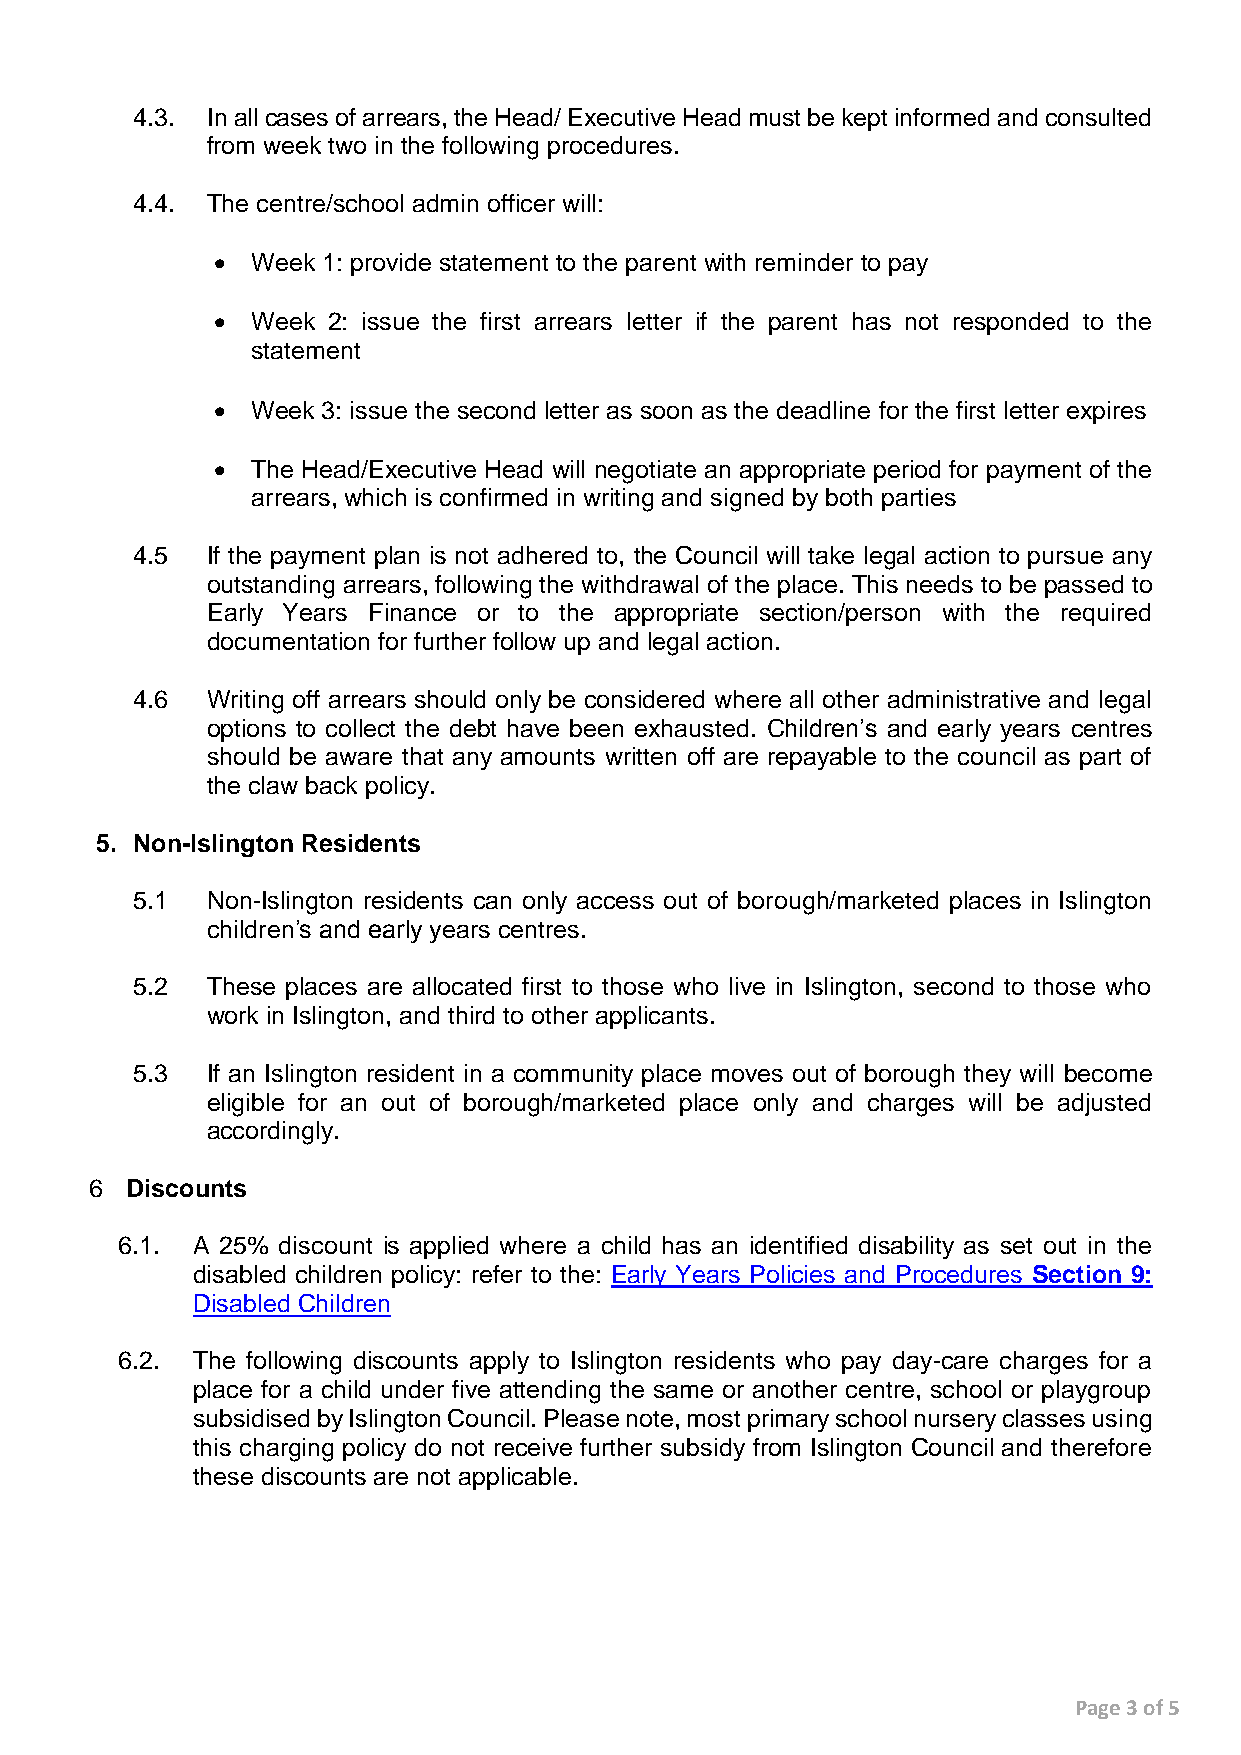
4.3. In all cases of arrears, the Head/ Executive Head must be kept informed and consulted
 from week two in the following procedures.
 4.4. The centre/school admin officer will:
   Week 1: provide statement to the parent with reminder to pay
   Week 2: issue the first arrears letter if the parent has not responded to the
 statement
   Week 3: issue the second letter as soon as the deadline for the first letter expires
   The Head/Executive Head will negotiate an appropriate period for payment of the
 arrears, which is confirmed in writing and signed by both parties
 4.5  If the payment plan is not adhered to, the Council will take legal action to pursue any
 outstanding arrears, following the withdrawal of the place. This needs to be passed to
 Early Years Finance or to the appropriate section/person with the required
 documentation for further follow up and legal action.
 4.6  Writing off arrears should only be considered where all other administrative and legal
 options to collect the debt have been exhausted. Children’s and early years centres
 should be aware that any amounts written off are repayable to the council as part of
 the claw back policy.
 5. Non-Islington Residents
 5.1  Non-Islington residents can only access out of borough/marketed places in Islington
 children’s and early years centres.
 5.2  These places are allocated first to those who live in Islington, second to those who
 work in Islington, and third to other applicants.
 5.3  If an Islington resident in a community place moves out of borough they will become
 eligible for an out of borough/marketed place only and charges will be adjusted
 accordingly.
 6 Discounts
 6.1. A 25% discount is applied where a child has an identified disability as set out in the
 disabled children policy: refer to the: Early Years Policies and Procedures Section 9:
 Disabled Children
 6.2. The following discounts apply to Islington residents who pay day-care charges for a
 place for a child under five attending the same or another centre, school or playgroup
 subsidised by Islington Council. Please note, most primary school nursery classes using
 this charging policy do not receive further subsidy from Islington Council and therefore
 these discounts are not applicable.
 Page 3 of 5